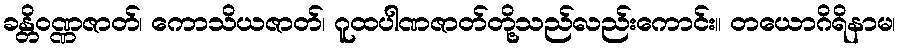
ခန္တိဝဏ္ဏဇာတ်၊ ကောသိယဇာတ်၊ ဂူထပါဏဇာတ်တို့သည်လည်းကောင်း။ တယောဂိရိနာမ၊